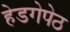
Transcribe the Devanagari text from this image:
हेडगेपेठ